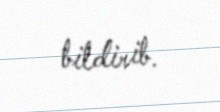
bildirib.